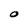
Character: O